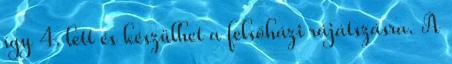
így 4. lett és készülhet a felsőházi rájátszásra. A